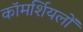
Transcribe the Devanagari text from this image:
कॉमर्शियलों